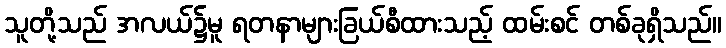
သူတို့သည် အလယ်၌မူ ရတနာများခြယ်စီထားသည့် ထမ်းစင် တစ်ခုရှိသည်။